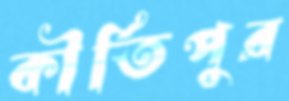
কীর্তিপুর